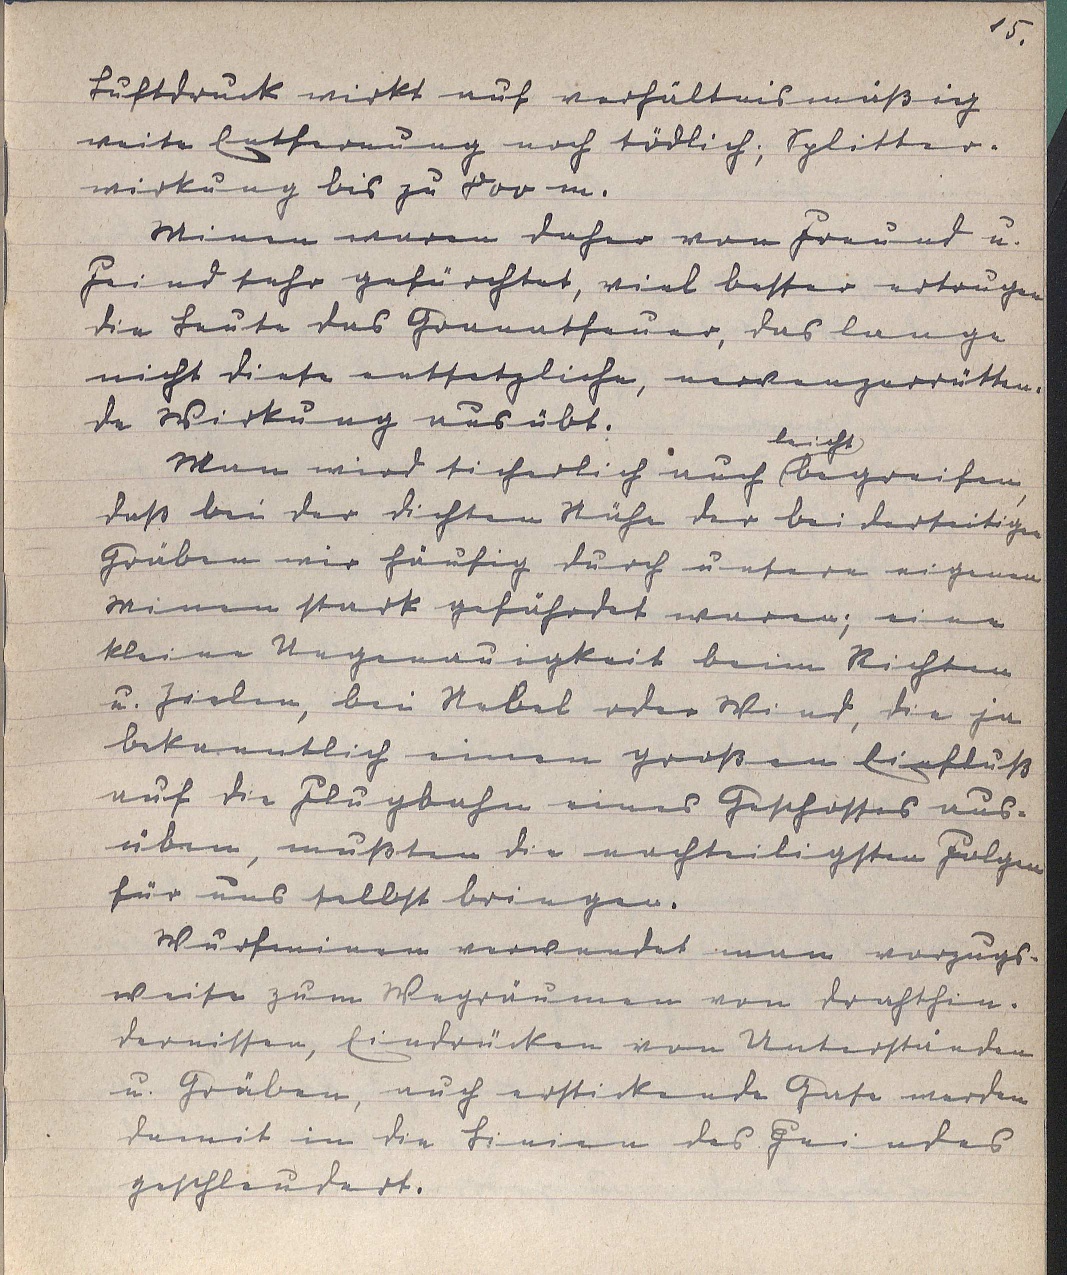
15.
Luftdruck wirkt auf verhältnismäßig
weite Entfernung noch tödlich, Splitter¬
wirkung bis zu 800 m.
Minen waren daher von Freund u.
Feind sehr gefürchtet, viel besser ertrugen
die Leute das Granatfeuer, das lange
nicht diese entsetzliche, nervenzerrütten¬
de Wirkung ausübt.
Man wird sicherlich auch
leicht
begreifen,
daß bei der dichten Nähe der beiderseitigen
Gräben wir häufig durch unsern eigenen
Minen stark gefährdet waren; eine
kleine Ungenauigkeit beim Richten
u. Zielen, bei Nebel oder Wind, die ja
bekanntlich einen großen Einfluß
auf die Flugbahn eines Geschosses aus¬
üben, mußten die nachteiligsten Folgen
für uns selbst bringen.
Wurfminen verwendet man vorzugs¬
weise zum Wegräumen von Drahthin¬
dernissen, Eindrücken von Unterständen
u. Gräben, auch erstickende Gase werden
damit in die Linien des Feindes
geschleudert.